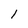
Character: 1